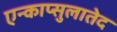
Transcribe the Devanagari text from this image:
एन्काप्सुलातेद